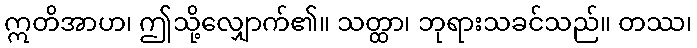
ဣတိအာဟ၊ ဤသို့လျှောက်၏။ သတ္ထာ၊ ဘုရားသခင်သည်။ တဿ၊